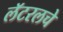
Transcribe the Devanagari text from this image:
लॅटरलचे